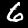
Label: 6